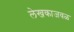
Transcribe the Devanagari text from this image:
लेखकाजवळ